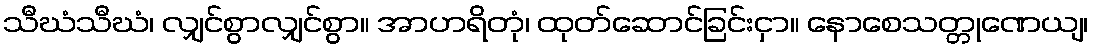
သီဃံသီဃံ၊ လျှင်စွာလျှင်စွာ။ အာဟရိတုံ၊ ထုတ်ဆောင်ခြင်းငှာ။ နောစေသတ္တုဏေယျ၊